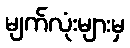
မျက်လုံးများမှ